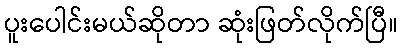
ပူးပေါင်းမယ်ဆိုတာ ဆုံးဖြတ်လိုက်ပြီ။